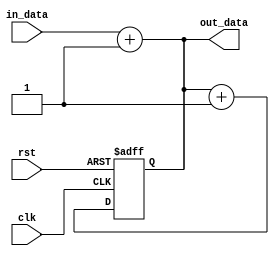
module Generate_Parameterized_Module #( parameter WIDTH = 8, parameter DEPTH = 16 ) (
    input wire [WIDTH-1:0] in_data,
    input wire clk,
    input wire rst,
    output reg [WIDTH-1:0] out_data
);

// Combinational logic
always @* begin
    // Your combinational logic here
    out_data = in_data + 1;
end

// Sequential logic
always @(posedge clk or posedge rst) begin
    if(rst) begin
        // Reset logic
        out_data <= 0;
    end else begin
        // Your sequential logic here
        out_data <= out_data + 1;
    end
end

endmodule